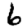
Digit: 6